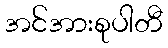
အင်အားစုပါတီ